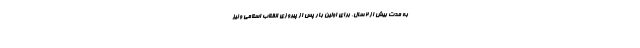
به مدت بیش از ۲ سال، برای اولین بار پس از پیروزی انقلاب اسلامی و نیز